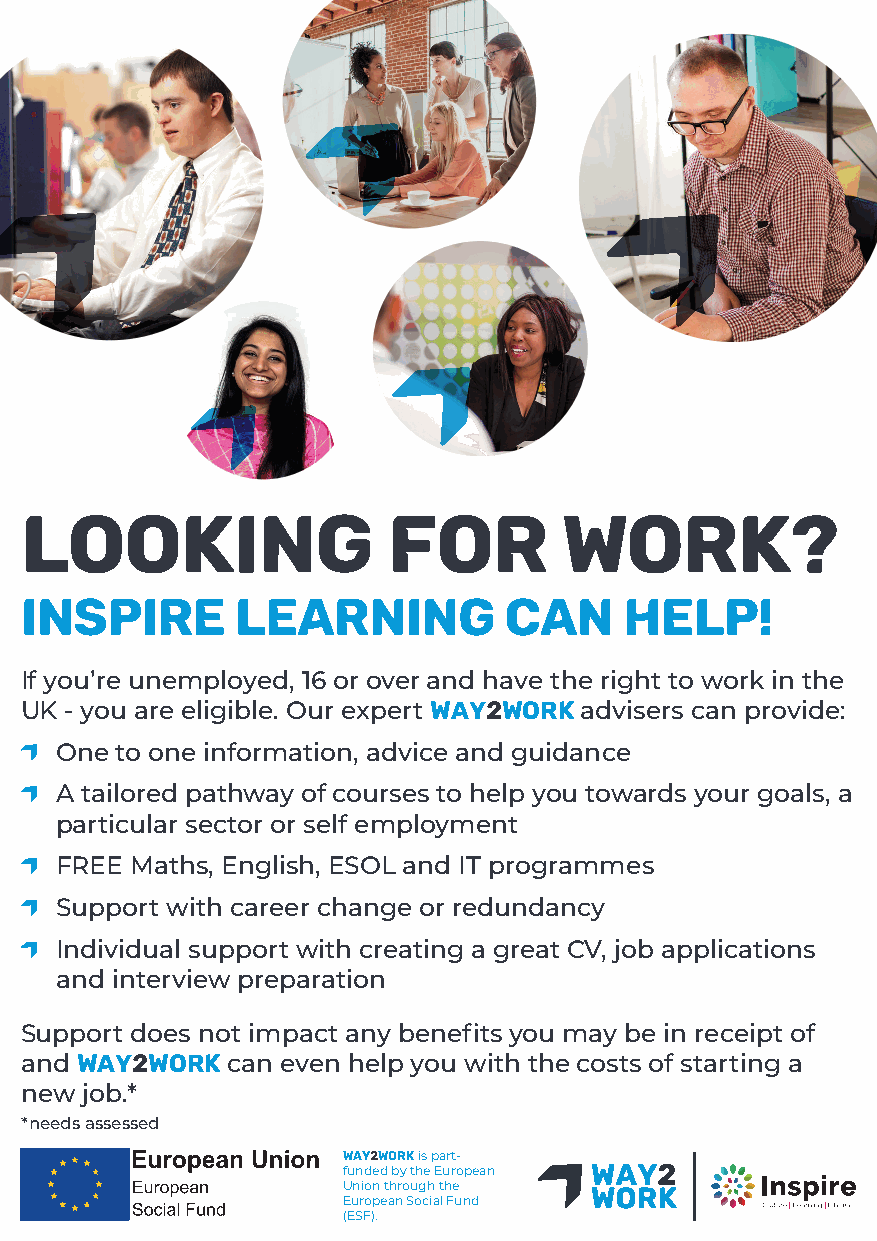
Looking                  for        work?
 Inspire        learninG         can     help!
 If you’re unemployed, 16 or over and have the right to work in the
 UK - you are eligible. Our expert Way2Work advisers can provide:
 One to one information, advice and guidance
 A tailored pathway of courses to help you towards your goals, a
 particular sector or self employment
 FREE Maths, English, ESOL and IT programmes
 Support with career change or redundancy
 Individual support with creating a great CV, job applications
 and interview preparation
 Support does not impact any benefits you may be in receipt of
 and Way2Work  can even help you with the costs of starting a
 new job.*
 *needs assessed
 Way2Work is part-
 funded by the European
 Union through the
 European Social Fund
 (ESF).